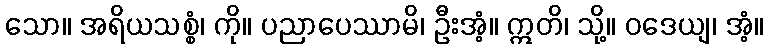
သော။ အရိယသစ္စံ၊ ကို။ ပညာပေဿာမိ၊ ဦးအံ့။ ဣတိ၊ သို့။ ဝဒေယျ၊ အံ့။